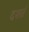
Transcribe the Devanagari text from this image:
दशर्तं